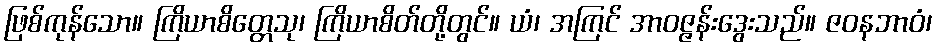
ဖြစ်ကုန်သော။ ကြိယာစိတ္တေသု၊ ကြိယာစိတ်တို့တွင်။ ယံ၊ အကြင် အာဝဇ္ဇန်းဒွေးသည်။ ဇဝနဘာဝံ၊